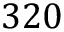
3 2 0